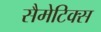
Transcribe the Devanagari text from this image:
सैमेटिक्स